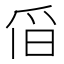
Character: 𱬹